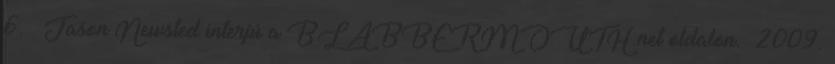
6. ↑ Jason Newsted interjú a BLABBERMOUTH.net oldalon. 2009.